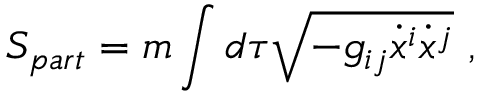
S _ { p a r t } = m \int d \tau \sqrt { - g _ { i j } \dot { x } ^ { i } \dot { x } ^ { j } } ~ ,